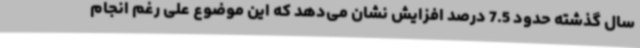
سال گذشته حدود 7.5 درصد افزایش نشان می‌دهد که این موضوع علی رغم انجام